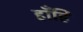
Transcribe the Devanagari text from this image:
हाँहि